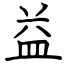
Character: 益